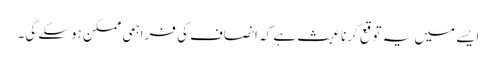
ایسے میں یہ توقع کرنا عبث ہے کہ انصاف کی فراہمی ممکن ہوسکے گی۔